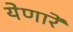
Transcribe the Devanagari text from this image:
येणारें